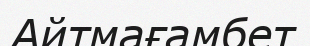
Айтмағамбет